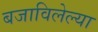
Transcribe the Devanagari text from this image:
बजाविलेल्या